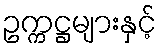
ဥက္ကဋ္ဌများနှင့်